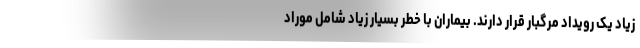
زیاد یک رویداد مرگبار قرار دارند. بیماران با خطر بسیار زیاد شامل موراد